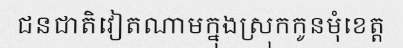
ជនជាតិវៀតណាមក្នុងស្រុកកូនមុំខេត្ត